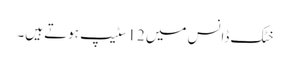
خٹک ڈانس میں 12سٹیپ ہوتے ہیں۔